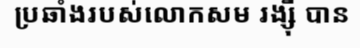
ប្រឆាំងរបស់លោកសម រង្ស៊ី បាន